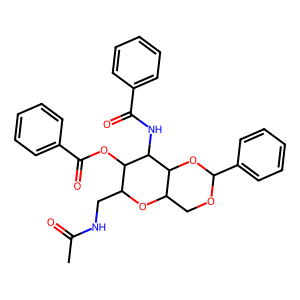
SMILES: CC(=O)NCC1OC2COC(c3ccccc3)OC2C(NC(=O)c2ccccc2)C1OC(=O)c1ccccc1
Inhibits HIV replication: No